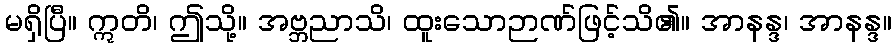
မရှိပြီ။ ဣတိ၊ ဤသို့။ အဗ္ဘညာသိ၊ ထူးသောဉာဏ်ဖြင့်သိ၏။ အာနန္ဒ၊ အာနန္ဒ။